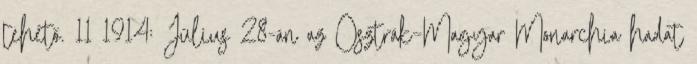
tehető. 11 1914: Július 28-án az Osztrák–Magyar Monarchia hadat